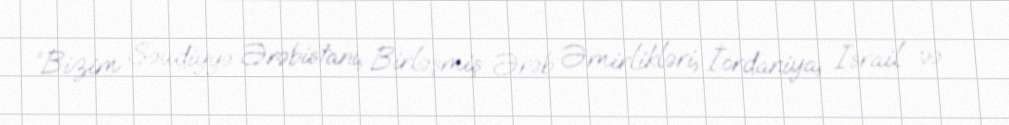
“Bizim Səudiyyə Ərəbistanı, Birləşmiş Ərəb Əmirlikləri, İordaniya, İsrail və